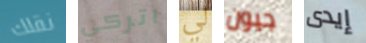
نقلك اتركي لي جيون إيدى